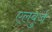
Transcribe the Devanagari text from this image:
एलबुर्ज